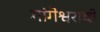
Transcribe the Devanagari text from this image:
गांगेश्वराची